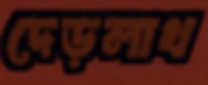
দেড়লাখ